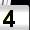
Digit: 4